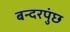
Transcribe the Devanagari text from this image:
बन्दरपुंछ